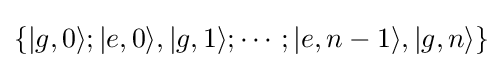
\left\{|g,0\rangle ;|e,0\rangle ,|g,1\rangle ;\cdots ;|e,n-1\rangle ,|g,n\rangle \right\}